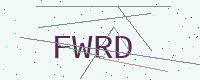
Text: FWRD